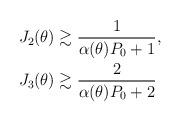
LaTeX: \begin{align*}J_2(\theta) & \gtrsim \frac{1}{\alpha(\theta)P_0+1},\\J_3(\theta) & \gtrsim \frac{2}{\alpha(\theta)P_0+2}\end{align*}